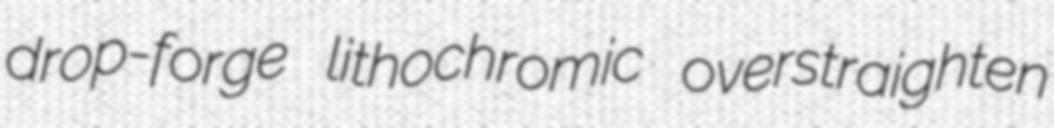
drop-forge lithochromic overstraighten